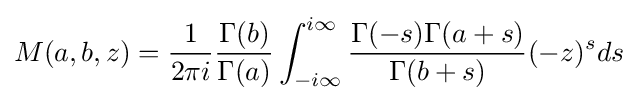
M(a,b,z)={\frac {1}{2\pi i}}{\frac {\Gamma (b)}{\Gamma (a)}}\int _{-i\infty }^{i\infty }{\frac {\Gamma (-s)\Gamma (a+s)}{\Gamma (b+s)}}(-z)^{s}ds